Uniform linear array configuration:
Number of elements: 24
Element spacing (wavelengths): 0.25
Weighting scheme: cosine
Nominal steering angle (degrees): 15
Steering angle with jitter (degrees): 13.532
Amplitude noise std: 0.05
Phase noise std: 0.05

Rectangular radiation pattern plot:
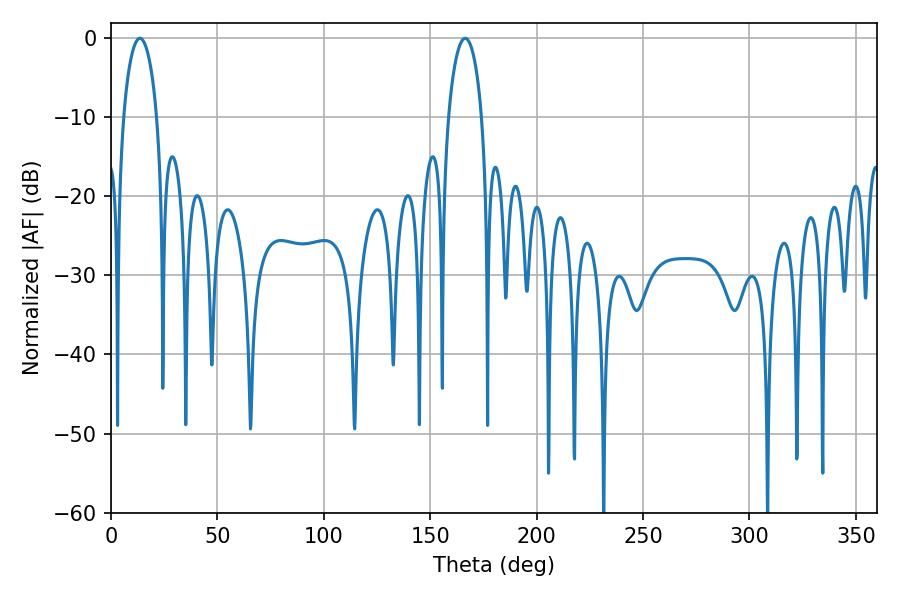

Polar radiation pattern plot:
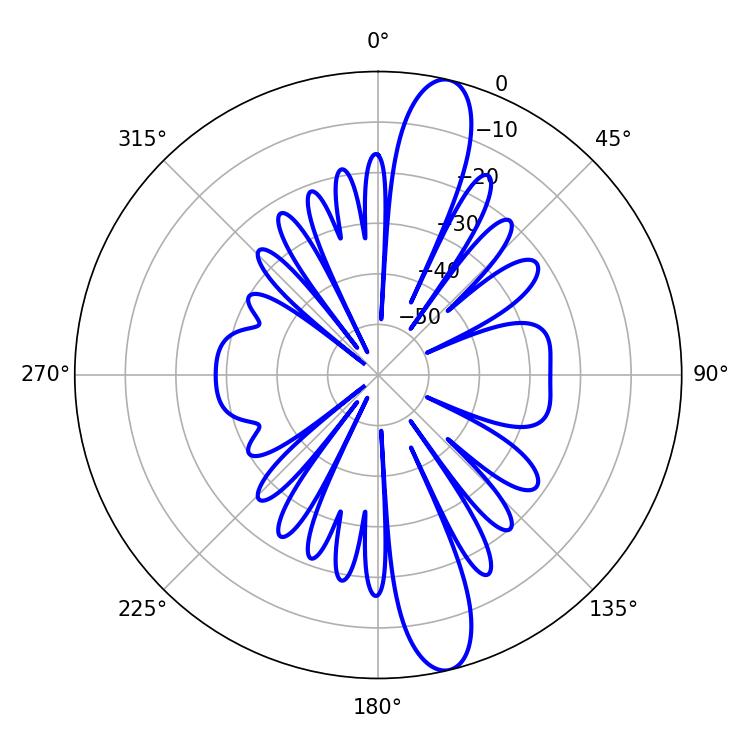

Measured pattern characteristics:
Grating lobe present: FALSE
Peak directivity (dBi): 13.899
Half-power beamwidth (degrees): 9
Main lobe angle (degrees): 13.5